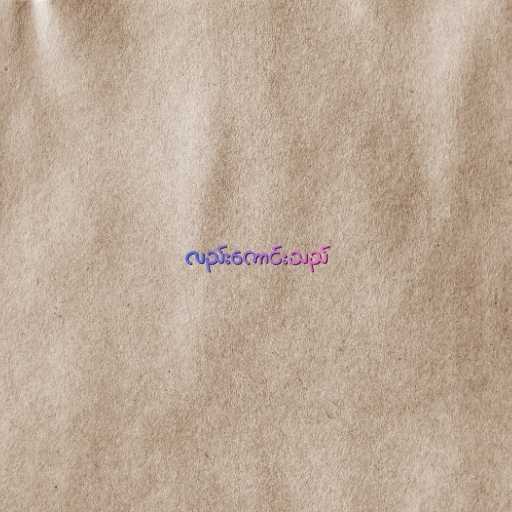
လည်းကောင်းသည်